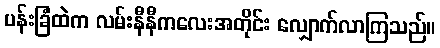
ပန်းခြံထဲက လမ်းနီနီကလေးအတိုင်း လျှောက်လာကြသည်။